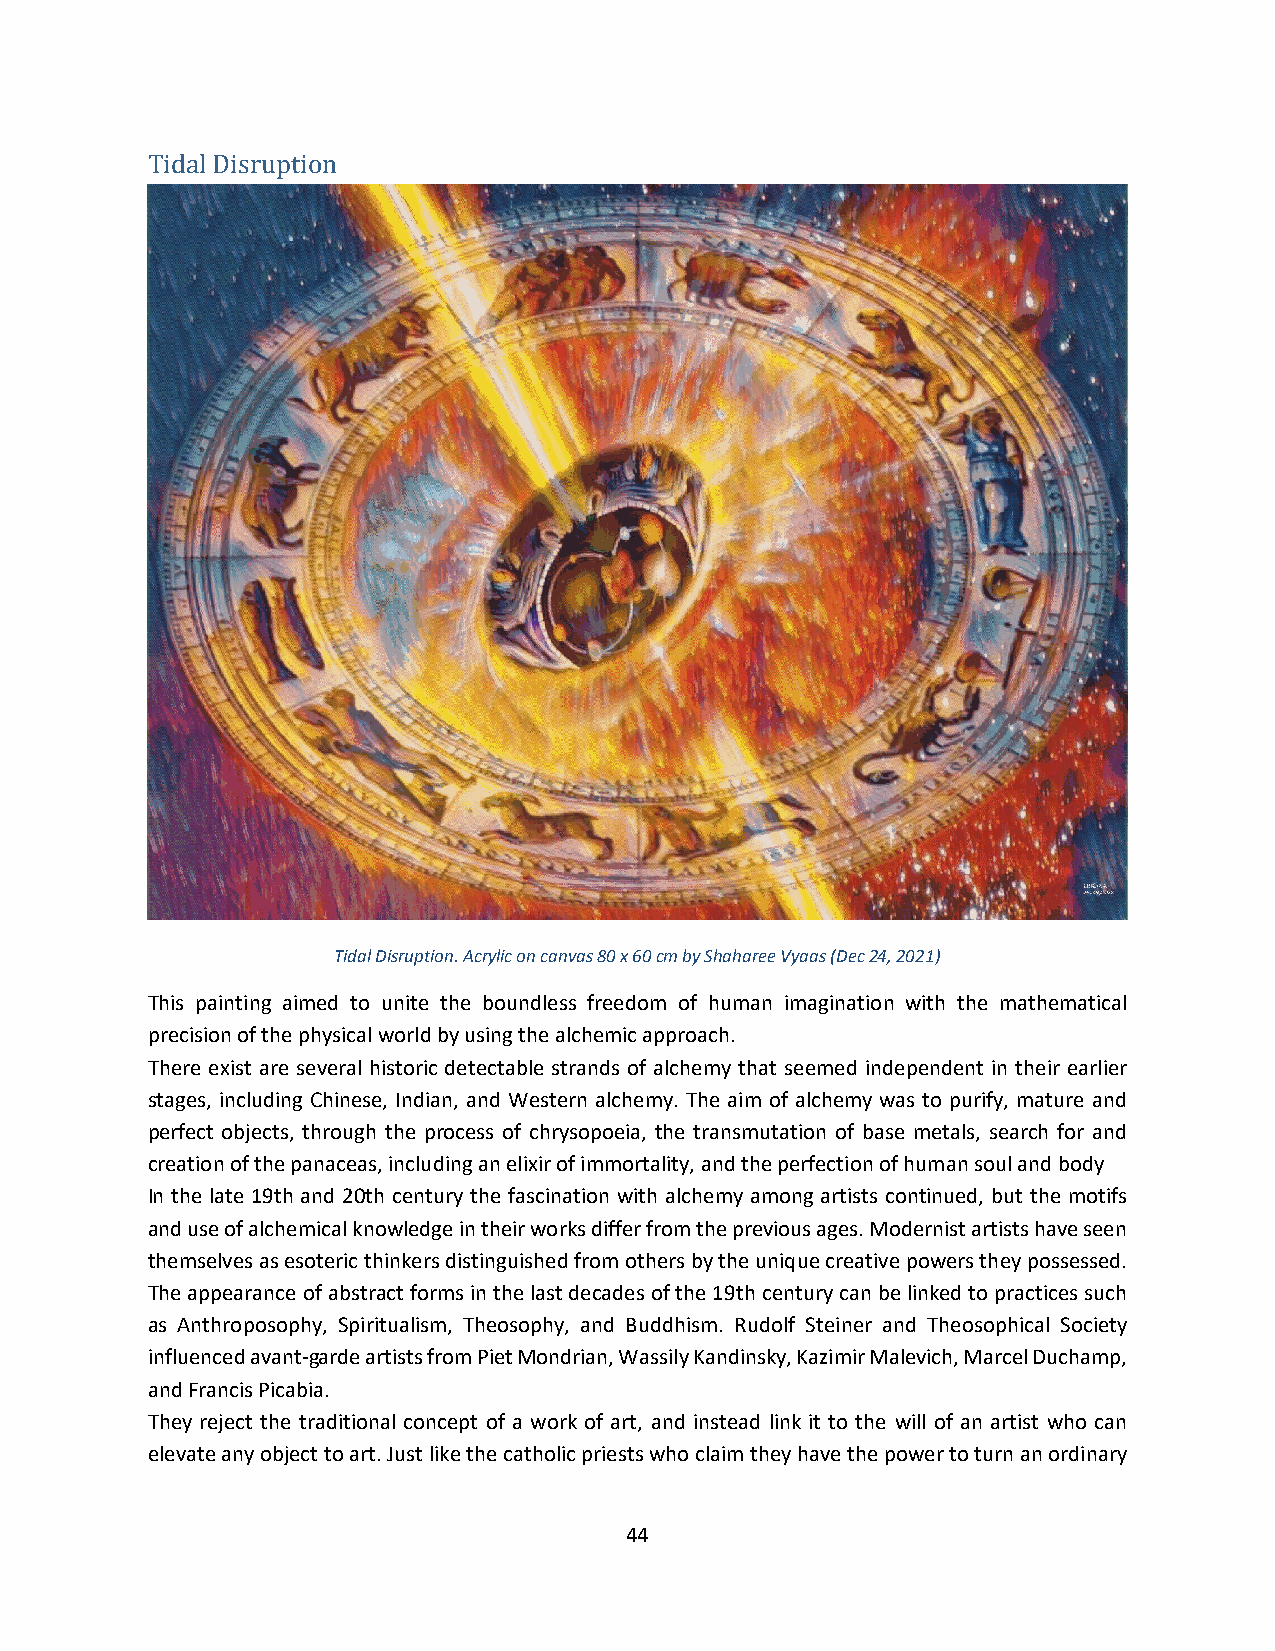
Tidal Disruption
 Tidal Disruption. Acrylic on canvas 80 x 60 cm by Shaharee Vyaas (Dec 24, 2021)
 This painting aimed to unite the boundless freedom of human imagination with the mathematical
 precision of the physical world by using the alchemic approach.
 There exist are several historic detectable strands of alchemy that seemed independent in their earlier
 stages, including Chinese, Indian, and Western alchemy. The aim of alchemy was to purify, mature and
 perfect objects, through the process of chrysopoeia, the transmutation of base metals, search for and
 creation of the panaceas, including an elixir of immortality, and the perfection of human soul and body
 In the late 19th and 20th century the fascination with alchemy among artists continued, but the motifs
 and use of alchemical knowledge in their works differ from the previous ages. Modernist artists have seen
 themselves as esoteric thinkers distinguished from others by the unique creative powers they possessed.
 The appearance of abstract forms in the last decades of the 19th century can be linked to practices such
 as Anthroposophy, Spiritualism, Theosophy, and Buddhism. Rudolf Steiner and Theosophical Society
 influenced avant-garde artists from Piet Mondrian, Wassily Kandinsky, Kazimir Malevich, Marcel Duchamp,
 and Francis Picabia.
 They reject the traditional concept of a work of art, and instead link it to the will of an artist who can
 elevate any object to art. Just like the catholic priests who claim they have the power to turn an ordinary
 44